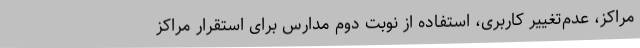
مراکز، عدم‌تغییر کاربری، استفاده از نوبت دوم مدارس برای استقرار مراکز